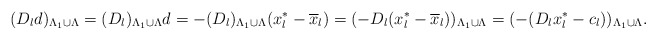
\begin{align*}(D_ld)_{\Lambda_1\cup\Lambda}=(D_l)_{\Lambda_1\cup\Lambda}d=-(D_l)_{\Lambda_1\cup\Lambda}(x_l^*-\overline{x}_l)=(-D_l(x_l^*-\overline{x}_l))_{\Lambda_1\cup\Lambda}=(-(D_lx_l^*-c_l))_{\Lambda_1\cup\Lambda}.\end{align*}